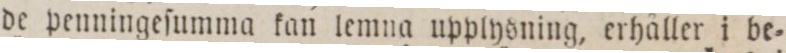
de penningeſumma kan lemna upplysning, erhåller i be=